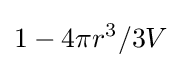
1-4\pi r^{3}/3V